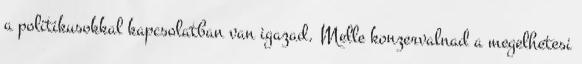
a politikusokkal kapcsolatban van igazad. Melle konzervalnad a megelhetesi